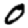
Digit: 0